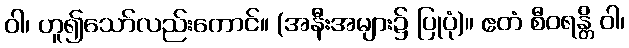
ဝါ၊ ဟူ၍သော်လည်းကောင်။ (အနီးအများ၌ ပြုပုံ)။ ဧတံ စီဝရန္တိ ဝါ၊